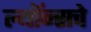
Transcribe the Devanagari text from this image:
ल्यॉन्सचे